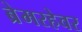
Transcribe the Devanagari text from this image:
ब्रेमरहेवर